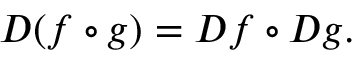
D ( f \circ g ) = D f \circ D g .